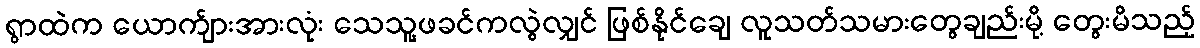
ရွာထဲက ယောက်ျားအားလုံး သေသူ့ဖခင်ကလွဲလျှင် ဖြစ်နိုင်ချေ လူသတ်သမားတွေချည်းမို့ တွေးမိသည့်